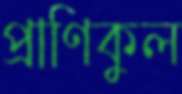
প্রাণিকুল